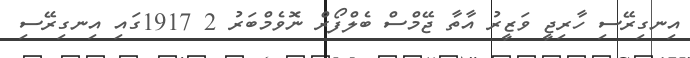
އިނގިރޭސި ހާރިޖީ ވަޒީރު އާތާ ޖޭމްސް ބެލްފޯރް ނޮވެމްބަރު 2 1917ގައި އިނގިރޭސި